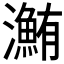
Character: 𤃽